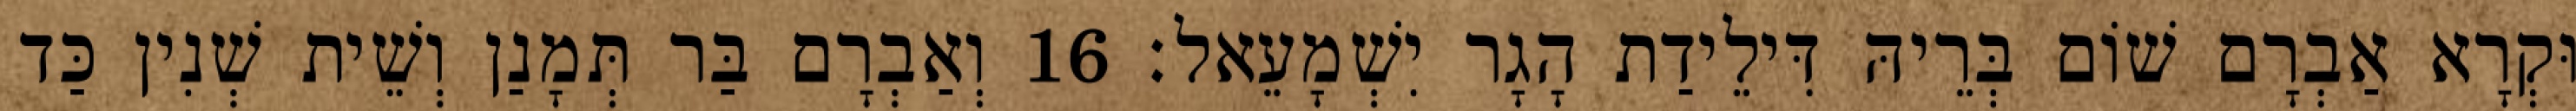
וּקְרָא אַבְרָם שׁוֹם בְּרֵיהּ דִּילֵידַת הָגָר יִשְׁמָעֵאל׃ 16 וְאַבְרָם בַּר תְּמָנַן וְשֵׁית שְׁנִין כַּד